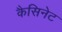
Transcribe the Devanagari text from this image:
कैसिनेट